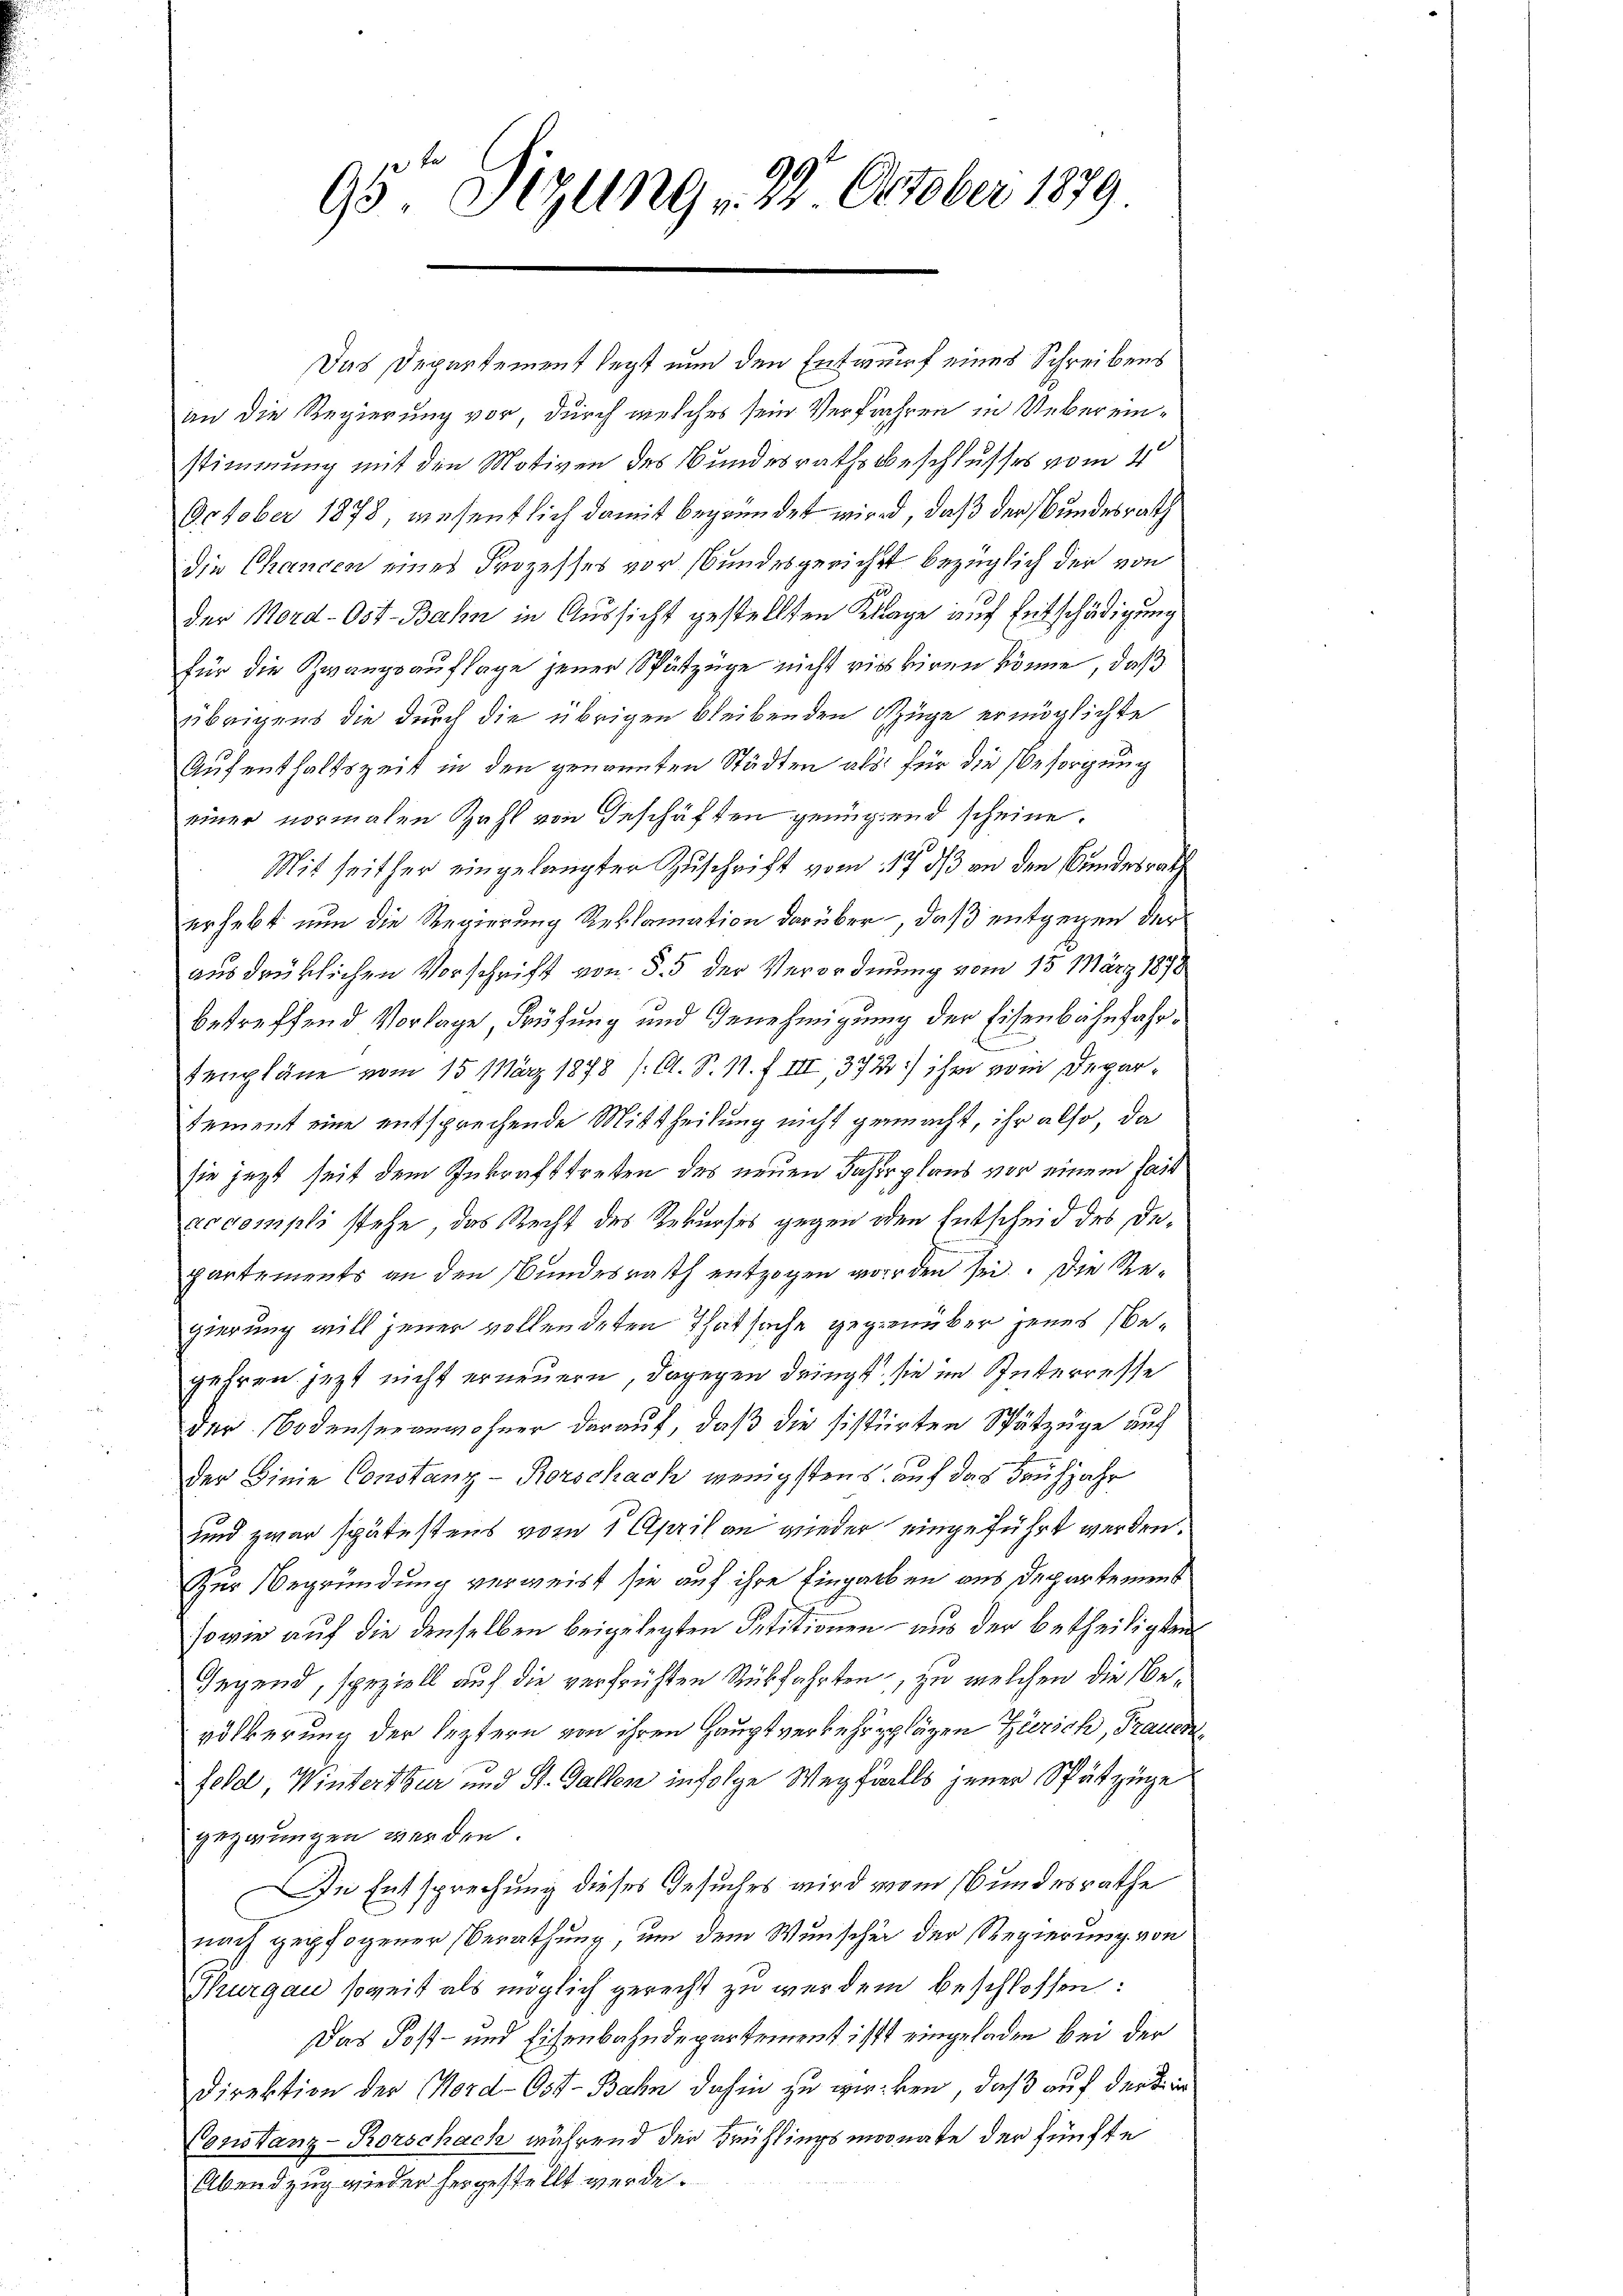
95 Sizung 28. October 1879

Das Departement legt nun den Entwurf eines Schreibens
an die Regierung vor, durch welches sein Verfahren in Uebereinstimmung mit den Motiven des Bundesrathsbeschlusses vom 4
October 1878, wesentlich damit begründet wird, daß der Bundesrath
die Chancen eines Prozesses vor sbundesgericht bezüglich der von
0
der Nord-Ost-Bahn in Aussicht gestellten Klage auf Entschädigung
für die Zwangsauflage jener Spätzüge nicht vier kiren könne, daß
übrigens die durch die übrigen bleibenden Züge ermöglichte
Aufenthaltszeit in den genannten Städten als für die Besorgung
einer normalen Zahl von Geschäften genügend scheine.
Mit seither eingelangter Zuschrift vom 17. ds an den Bundesrath
erhebt nun die Regierung Reklamation darüber, daß entgegen der
ausdrüklichen Vorschrift von § 5 der Verordnung vom 15. März 1870
betreffend Vorlage, Prüfung und Genehmigung der Eisenbahnfahrtenpläne vom 15. März 1878 (C. S. 11. f. III, 372) ihr vom Deparsement eine entsprechende Mittheilung nicht gemacht, ihr also, da
sie jezt seit dem Inkrafttreten des neuen Fahrplans vor einem Past
cocompli stehe, das Recht des Rekurses gegen oder Entscheid des Departements an den Bundesrath entzogen worden sei. Die Regierung will jener vollendeten Thatsache gegenüber jenes begehren jetzt nicht erneuern, dagegen dringt, sie im Interresse
der Bodenseeanwohner darauf, daß die sistirten Spätzüge auf
der Linie Constanz-Rorschach wenigstens auf das Frühjahr
sind zwar spätestens vom 1 April an wieder eingeführt werden.
Zur Begründung verweist sie auf ihre Eingarben aus Departement
sowie auf die denselben beigelegten Petitionen – aus der betheiligten
Gegend, speziell auf die verfrühten Rückfahrten, zu welchen die Bevölkerung der leztern von ihren Hauptverkehrpplägen Zürich, Frauenfeld, Winterthur und St. Gallen infolge Wegfalls jener Spätzüge
gezwungen werden.
In Entsprechung dieses Gesuches wird vom Bundesrathe
nach gepfogener Berathung, um dem Wunscher der Regierung von
Thurgau soweit als möglich gerecht zu werden beschlossen:
Das Post- und Eisenbahndepartement ist eingeladen bei der
Direktion der Mord-Ost-Bahn dahin zu wirken, daß auf der Kin
Constanz-Rorschach während der Frühlingsmoonate der fünfte
Abendzug wieder hergestellt werde.